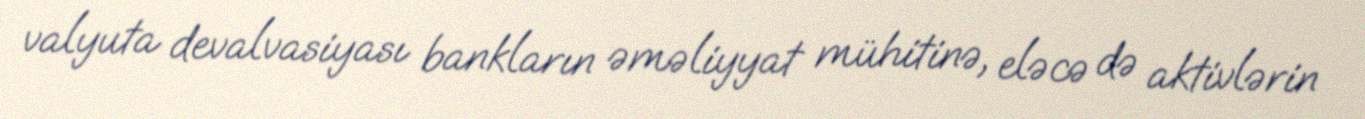
valyuta devalvasiyası bankların əməliyyat mühitinə, eləcə də aktivlərin